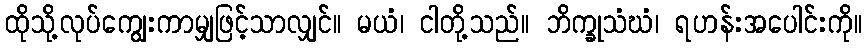
ထိုသို့လုပ်ကျွေးကာမျှဖြင့်သာလျှင်။ မယံ၊ ငါတို့သည်။ ဘိက္ခုသံဃံ၊ ရဟန်းအပေါင်းကို။